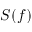
S ( f )